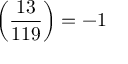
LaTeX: \left( { \frac { 1 3 } { 1 1 9 } } \right) = - 1